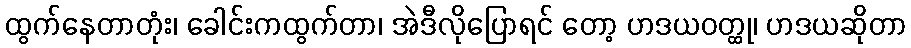
ထွက်နေတာတုံး၊ ခေါင်းကထွက်တာ၊ အဲဒီလိုပြောရင် တော့ ဟဒယဝတ္ထု၊ ဟဒယဆိုတာ